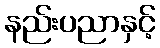
နည်းပညာနှင့်